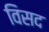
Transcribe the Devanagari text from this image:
विसद